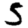
Digit: 5